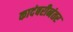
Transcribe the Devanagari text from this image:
कादंबरीनंतर